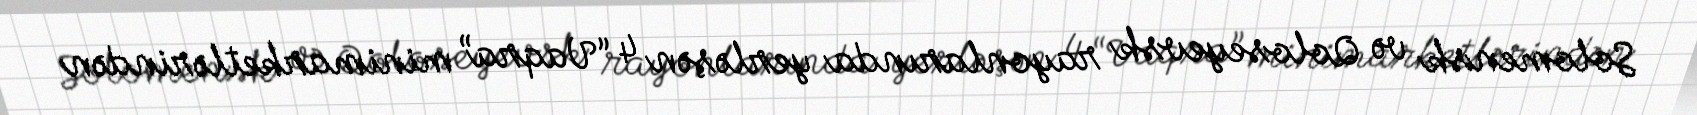
Solomensk və Qoloseyevsk rayonlarında yerləşən 4 “Vaqra” minimarketlərindən